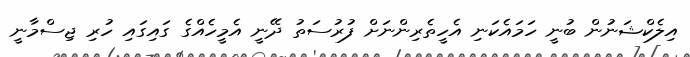
އިލެކްޝަނުން ބުނީ ހަމައެކަނި އެހީތެރިންނަށް ފުރުސަތު ދޭނީ އެމީހެއްގެ ގައިގައި ހުރި ޖިސްމާނީ